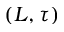
( L , \tau )